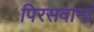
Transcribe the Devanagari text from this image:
पिरसवामां